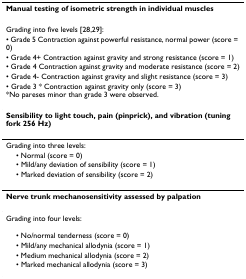
<table><thead><tr><td><b>Manual testing of isometric strength in individual muscles</b></td></tr></thead><tbody><tr><td>Grading into five levels [28,29]:</td></tr><tr><td>• Grade 5 Contraction against powerful resistance, normal power (score = 0)</td></tr><tr><td>• Grade 4+ Contraction against gravity and strong resistance (score = 1)</td></tr><tr><td>• Grade 4 Contraction against gravity and moderate resistance (score = 2)</td></tr><tr><td>• Grade 4- Contraction against gravity and slight resistance (score = 3)</td></tr><tr><td>• Grade 3 * Contraction against gravity only (score = 3)*No pareses minor than grade 3 were observed.</td></tr><tr><td><b>Sensibility to light touch, pain (pinprick), and vibration (tuning fork 256 Hz)</b></td></tr><tr><td>Grading into three levels:</td></tr><tr><td> • Normal (score = 0)</td></tr><tr><td> • Mild/any deviation of sensibility (score = 1)</td></tr><tr><td> • Marked deviation of sensibility (score = 2)</td></tr><tr><td><b>Nerve trunk mechanosensitivity assessed by palpation</b></td></tr><tr><td>Grading into four levels:</td></tr><tr><td> • No/normal tenderness (score = 0)</td></tr><tr><td> • Mild/any mechanical allodynia (score = 1)</td></tr><tr><td> • Medium mechanical allodynia (score = 2)</td></tr><tr><td> • Marked mechanical allodynia (score = 3)</td></tr></tbody></table>